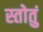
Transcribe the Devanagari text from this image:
स्तोतुं